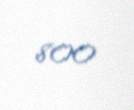
800